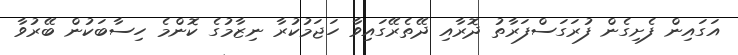
އަގައިން ފެށިގެން ފުރަގަސްފަރާތު ދޮރާއި ދޭތެރޭގައިވާ ހަޖަމުކުރާ ނިޒާމުގެ ކޮންމެ ހިސާބަކުން ބޭރުވާ